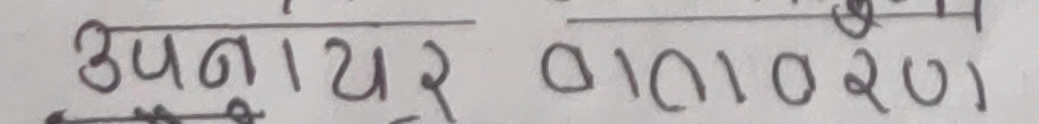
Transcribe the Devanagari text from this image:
उपाय वा०१०२ण